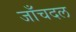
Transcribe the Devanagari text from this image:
जाँचदल